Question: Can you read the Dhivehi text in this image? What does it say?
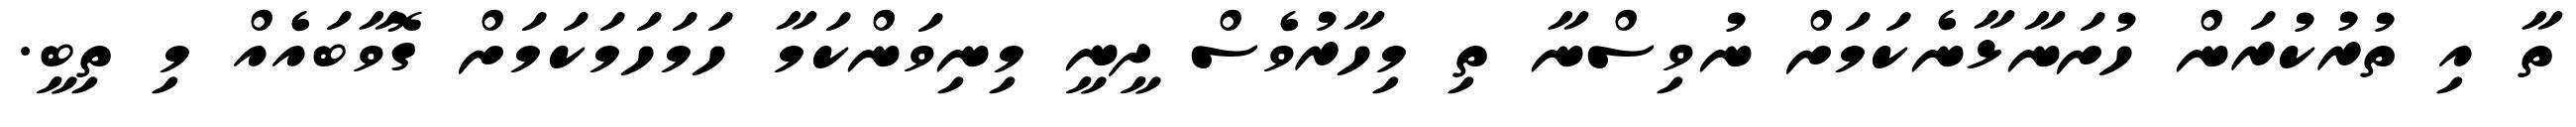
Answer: ތާ އި ތުރުކުރަން ހުށަނާޅާނެކަމަށް ނުވިސްނާ ތި މިހާރުވެސް ދީނީ މިނިވަންކަމާ ހަމަހަމަކަމަށް ގޮވާބައެއް މި ތިބީ.